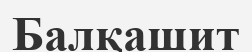
Балқашит